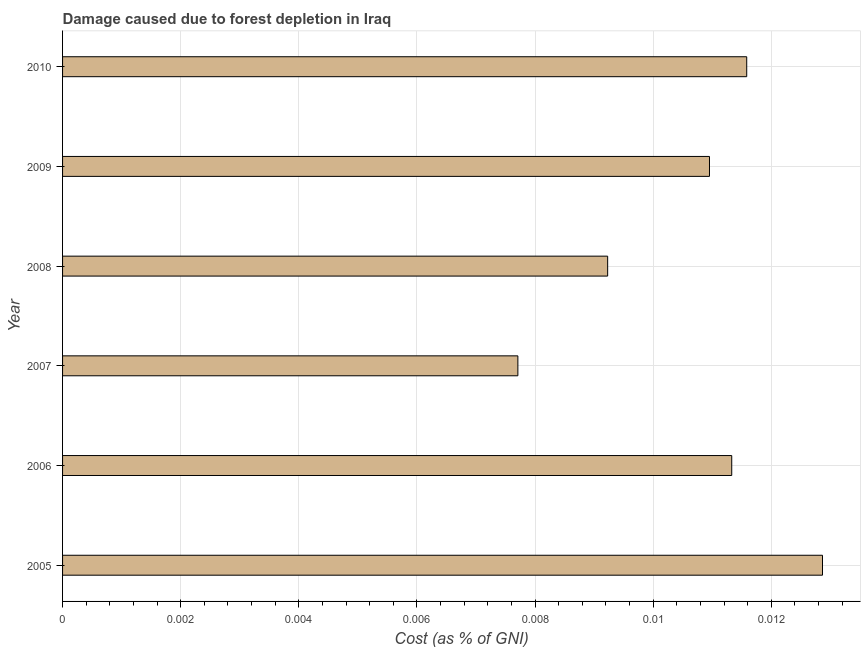
| Year | net forest depletion |
 | --- | --- |
 | 2005 | 0.0129 |
 | 2006 | 0.0113 |
 | 2007 | 0.00771 |
 | 2008 | 0.00923 |
 | 2009 | 0.011 |
 | 2010 | 0.0116 |